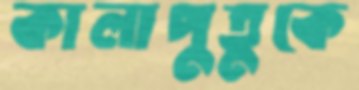
কালাপুতুকে